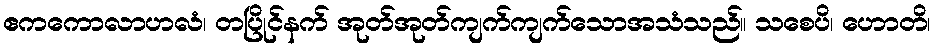
ဧကကောလာဟလံ၊ တပြိုင်နက် အုတ်အုတ်ကျက်ကျက်သောအသံသည်။ သစေပိ၊ ဟောတိ၊